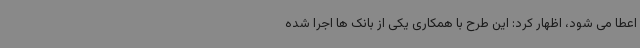
اعطا می شود، اظهار کرد: این طرح با همکاری یکی از بانک ها اجرا شده